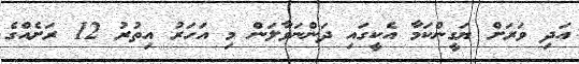
އަދި ވަރަށް ޔަގީންކަމާ އެކީގައި ދަންނަވާލަން މި އަހަރު އިތުރު 12 ރަށެއްގެ